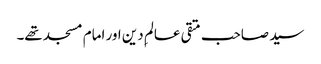
سید صاحب متقی عالمِ دین اور امام مسجد تھے۔